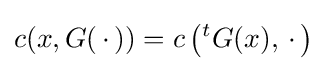
c(x,G(\,\cdot \,))=c\left({}^{t}G(x),\,\cdot \,\right)